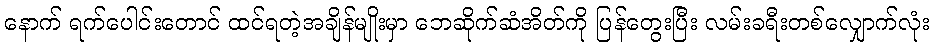
နောက် ရက်ပေါင်းတောင် ထင်ရတဲ့အချိန်မျိုးမှာ ဘေဆိုက်ဆံအိတ်ကို ပြန်တွေးပြီး လမ်းခရီးတစ်လျှောက်လုံး